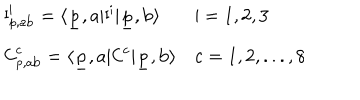
\begin{array} { l l } { { { \sf I } _ { { \sf p } , \mathrm { a b } } ^ { \sf i } = \langle \underline { { { \sf p } } } , \mathrm { a } | { \sf I } ^ { \sf i } | \underline { { { \sf p } } } , \mathrm { b } \rangle } } & { { { \sf i } = 1 , 2 , 3 } } \\ { { { \sf C } _ { { \sf p } , \mathrm { a b } } ^ { \sf c } = \langle \underline { { { \sf p } } } , \mathrm { a } | { \sf C } ^ { \sf c } | \underline { { { \sf p } } } , \mathrm { b } \rangle } } & { { { \sf c } = 1 , 2 , . . . , 8 } } \\ \end{array} \hspace { 7 c m }